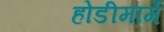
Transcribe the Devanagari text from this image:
होडीमार्गे